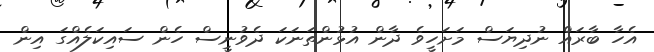
އެހާ ބާރައް ނުދިޔަސް މަށަހީވެ ދާން އުޅުންތަނަކަ ދެވުނީސް ހެން ސައިކަލެއްގަ އިން